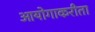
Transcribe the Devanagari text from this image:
आयोगाकरीता